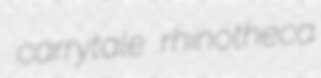
carrytale rhinotheca